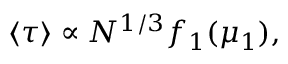
\begin{array} { r } { \left\langle \tau \right\rangle \propto N ^ { 1 / 3 } f _ { 1 } ( \mu _ { 1 } ) , } \end{array}